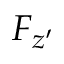
F _ { z ^ { \prime } }